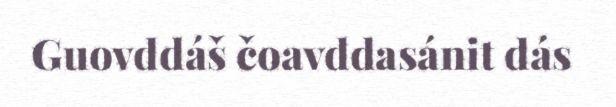
Guovddáš čoavddasánit dás